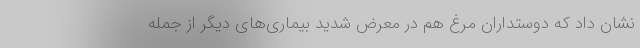
نشان داد که دوستداران مرغ هم در معرض شدید بیماری‌های دیگر از جمله